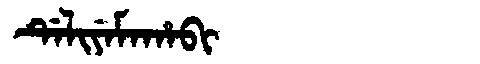
Manchu: ᡩᡝᠯᡳᠶᡝᠮᠠᡥᠠᠪᡳ
Romanization: DELIYEMAHABI